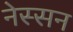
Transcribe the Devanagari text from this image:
नेस्‍सन